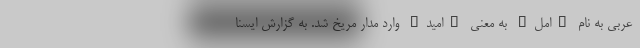
عربی به نام "امل" به معنی "امید" وارد مدار مریخ شد. به گزارش ایسنا